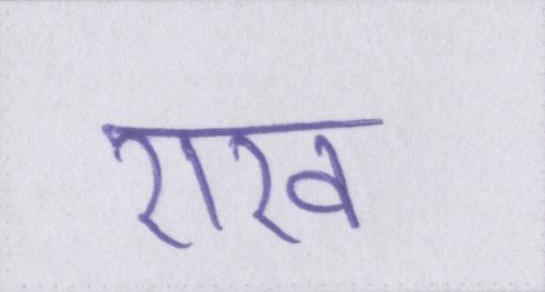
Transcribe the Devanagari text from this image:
राख